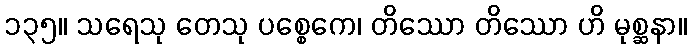
၁၃၅။ သရေသု တေသု ပစ္စေကေ၊ တိဿော တိဿော ဟိ မုစ္ဆနာ။